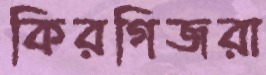
কিরগিজরা